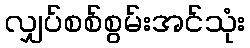
လျှပ်စစ်စွမ်းအင်သုံး